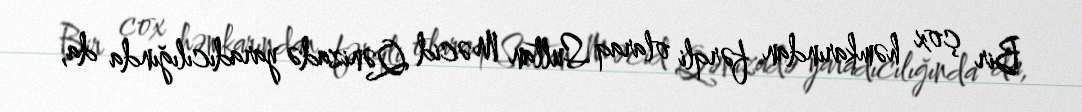
Bir çox həmkarından fərqli olaraq Sultan Məcid Qənizadə yaradıcılığında da,